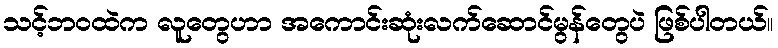
သင့်ဘဝထဲက လူတွေဟာ အကောင်းဆုံးလက်ဆောင်မွန်တွေပဲ ဖြစ်ပါတယ်။